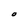
Character: O